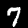
Digit: 7